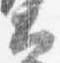
大